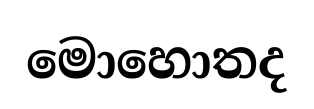
මොහොතද